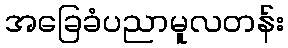
အခြေခံပညာမူလတန်း